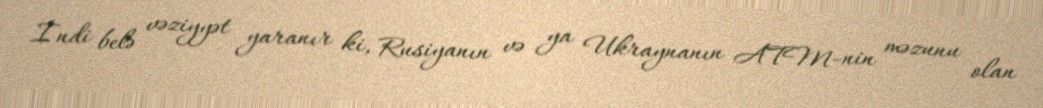
İndi belə vəziyyət yaranır ki, Rusiyanın və ya Ukraynanın ATM-nin məzunu olan